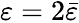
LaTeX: \varepsilon=2\bar{\varepsilon}